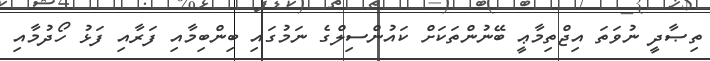
ތިޞާދީ ނުވަތަ އިޖްތިމާޢީ ބޭނުންތަކަށް ކައުންސިލްގެ ނަމުގައި ބިންބިމާއި ފަރާއި ފަޅު ހޯދުމާއި